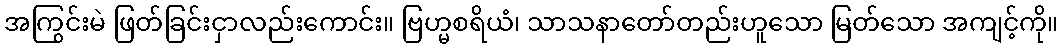
အကြွင်းမဲ ဖြတ်ခြင်းငှာလည်းကောင်း။ ဗြဟ္မစရိယံ၊ သာသနာတော်တည်းဟူသော မြတ်သော အကျင့်ကို။